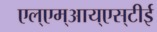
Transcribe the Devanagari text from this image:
एल्‌एम्‌आय्‌एस्‌टीई